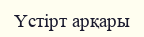
Үстірт арқары